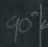
90'